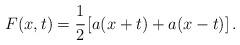
LaTeX: \begin{align*} F(x, t) = \cfrac{1}{2} \left[ a(x + t) + a(x - t) \right].\end{align*}